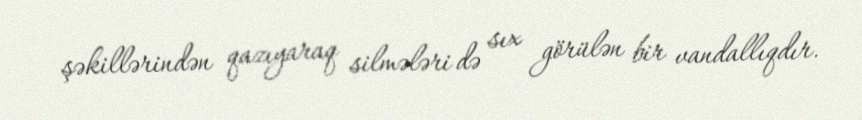
şəkillərindən qazıyaraq silmələri də sıx görülən bir vandallıqdır.